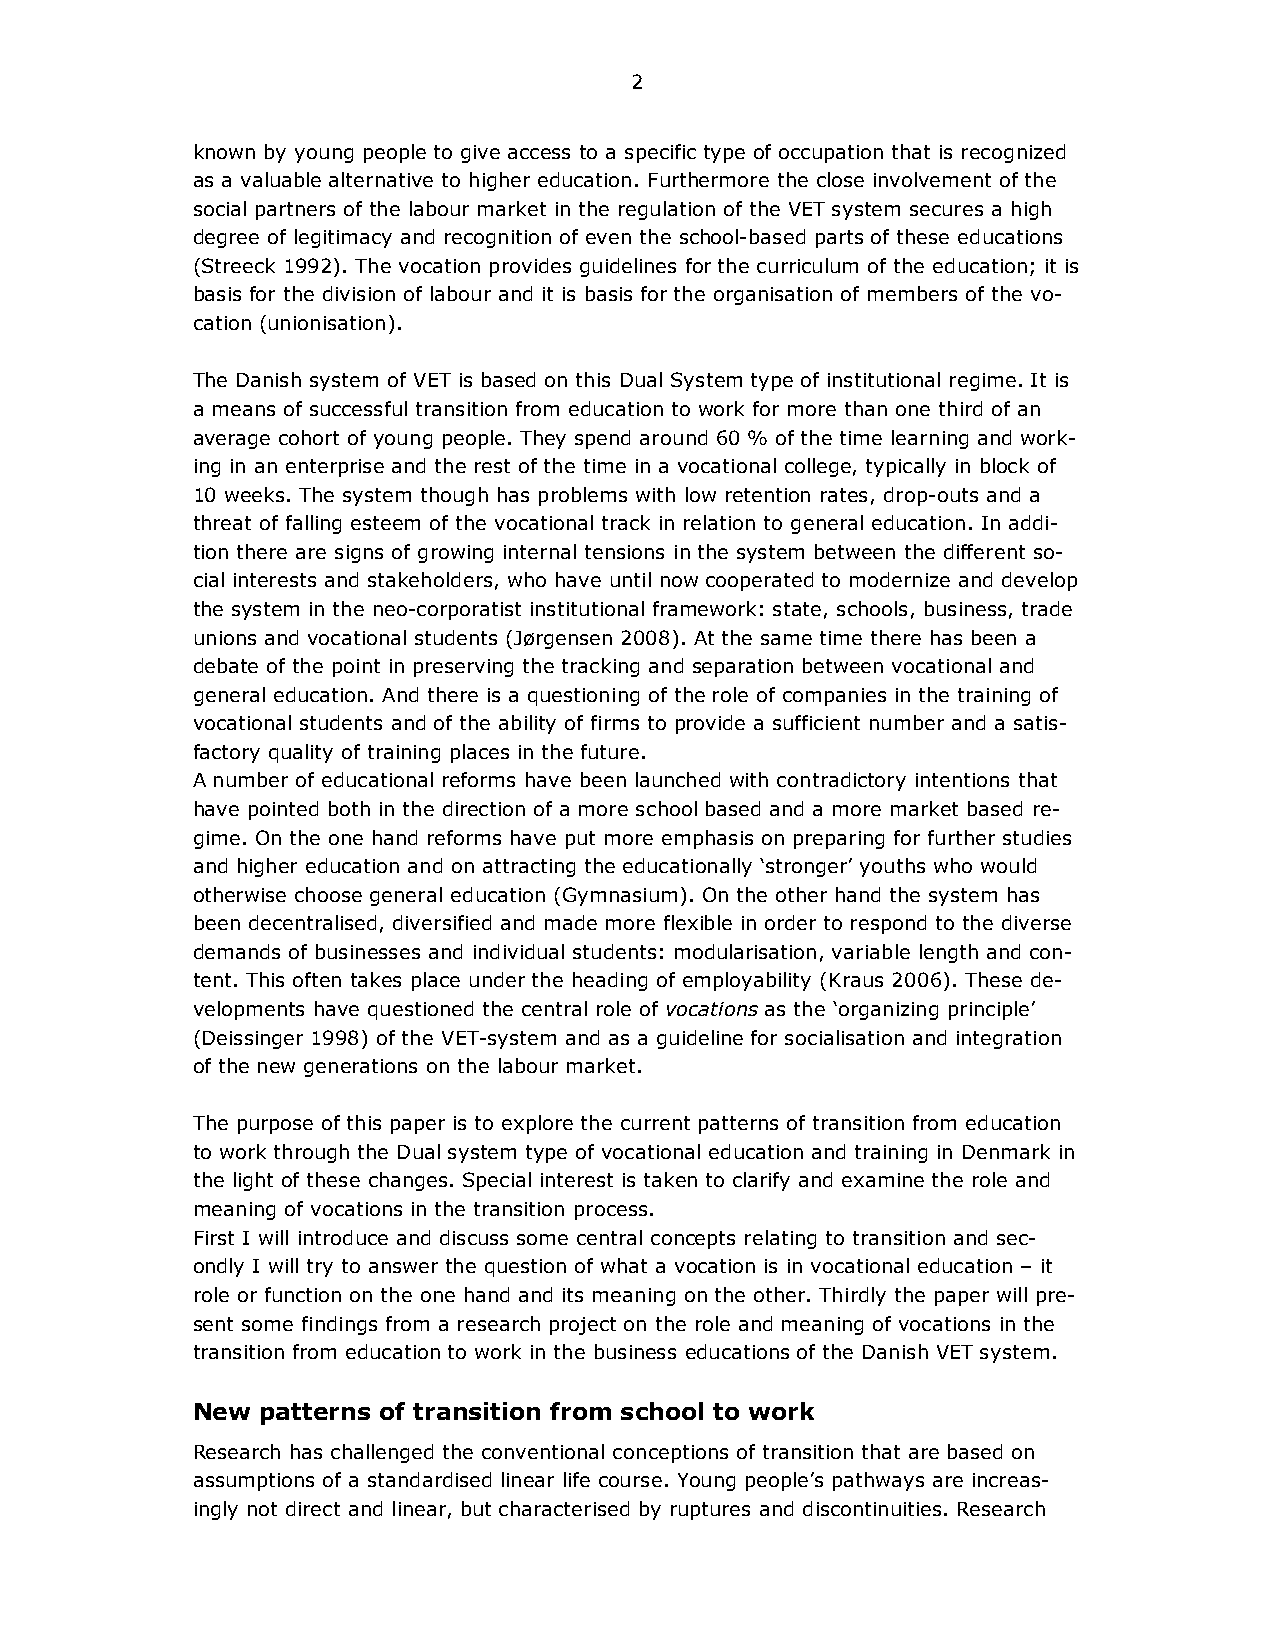
2
 known by young people to give access to a specific type of occupation that is recognized
 as a valuable alternative to higher education. Furthermore the close involvement of the
 social partners of the labour market in the regulation of the VET system secures a high
 degree of legitimacy and recognition of even the school-based parts of these educations
 (Streeck 1992). The vocation provides guidelines for the curriculum of the education; it is
 basis for the division of labour and it is basis for the organisation of members of the vo-
 cation (unionisation).
 The Danish system of VET is based on this Dual System type of institutional regime. It is
 a means of successful transition from education to work for more than one third of an
 average cohort of young people. They spend around 60 % of the time learning and work-
 ing in an enterprise and the rest of the time in a vocational college, typically in block of
 10 weeks. The system though has problems with low retention rates, drop-outs and a
 threat of falling esteem of the vocational track in relation to general education. In addi-
 tion there are signs of growing internal tensions in the system between the different so-
 cial interests and stakeholders, who have until now cooperated to modernize and develop
 the system in the neo-corporatist institutional framework: state, schools, business, trade
 unions and vocational students (Jørgensen 2008). At the same time there has been a
 debate of the point in preserving the tracking and separation between vocational and
 general education. And there is a questioning of the role of companies in the training of
 vocational students and of the ability of firms to provide a sufficient number and a satis-
 factory quality of training places in the future.
 A number of educational reforms have been launched with contradictory intentions that
 have pointed both in the direction of a more school based and a more market based re-
 gime. On the one hand reforms have put more emphasis on preparing for further studies
 and higher education and on attracting the educationally ‘stronger’ youths who would
 otherwise choose general education (Gymnasium). On the other hand the system has
 been decentralised, diversified and made more flexible in order to respond to the diverse
 demands of businesses and individual students: modularisation, variable length and con-
 tent. This often takes place under the heading of employability (Kraus 2006). These de-
 velopments have questioned the central role of vocations as the ‘organizing principle’
 (Deissinger 1998) of the VET-system and as a guideline for socialisation and integration
 of the new generations on the labour market.
 The purpose of this paper is to explore the current patterns of transition from education
 to work through the Dual system type of vocational education and training in Denmark in
 the light of these changes. Special interest is taken to clarify and examine the role and
 meaning of vocations in the transition process.
 First I will introduce and discuss some central concepts relating to transition and sec-
 ondly I will try to answer the question of what a vocation is in vocational education – it
 role or function on the one hand and its meaning on the other. Thirdly the paper will pre-
 sent some findings from a research project on the role and meaning of vocations in the
 transition from education to work in the business educations of the Danish VET system.
 New patterns of transition from school to work
 Research has challenged the conventional conceptions of transition that are based on
 assumptions of a standardised linear life course. Young people’s pathways are increas-
 ingly not direct and linear, but characterised by ruptures and discontinuities. Research